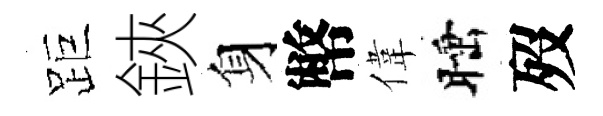
距鋏身幣偉睡歿